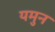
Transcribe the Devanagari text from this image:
यमुन